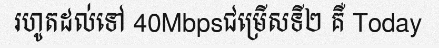
រហូតដល់ទៅ 40Mbpsជម្រើសទី២ គឺ Today